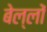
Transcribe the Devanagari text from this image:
बेल्लों